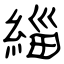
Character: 緇